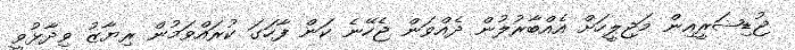
ޖުޑިޝަރީއިން މަޖިލީހަށް އެއްބާރުލުން ދެއްވަން ޖެހޭނެ ކަން ފާހަގަ ކުރައްވަމުން ރިޔާޒު ވިދާޅުވީ